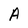
Character: A